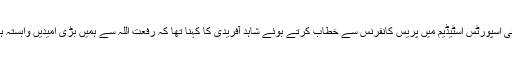
دبئی اسپورٹس اسٹیڈیم میں پریس کانفرنس سے خطاب کرتے ہوئے شاہد آفریدی کا کہنا تھا کہ رفعت اللہ سے ہمیں بڑی امیدیں وابستہ ہیں۔